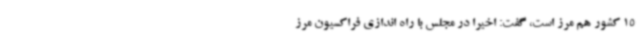
15 کشور هم مرز است، گفت: اخیرا در مجلس با راه اندازی فراکسیون مرز